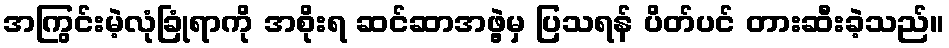
အကြွင်းမဲ့လုံခြုံရာကို အစိုးရ ဆင်ဆာအဖွဲ့မှ ပြသရန် ပိတ်ပင် တားဆီးခဲ့သည်။